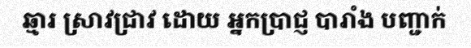
ឆ្មារ ស្រាវជ្រាវ ដោយ អ្នកប្រាជ្ញ បារាំង បញ្ជាក់